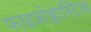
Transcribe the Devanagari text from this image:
फाइब्रोब्लास्टिक